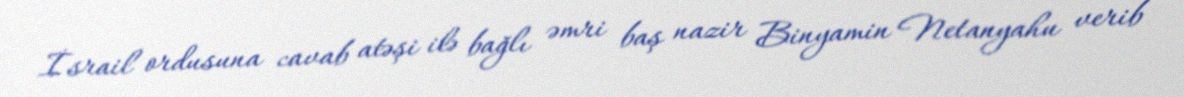
İsrail ordusuna cavab atəşi ilə bağlı əmri baş nazir Binyamin Netanyahu verib